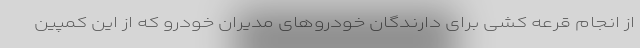
از انجام قرعه کشی برای دارندگان خودروهای مدیران خودرو که از این کمپین